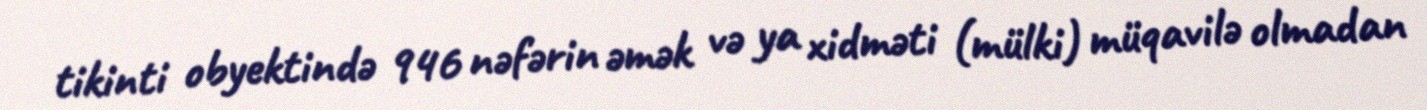
tikinti obyektində 946 nəfərin əmək və ya xidməti (mülki) müqavilə olmadan